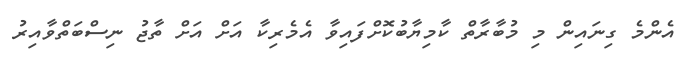
އެންމެ ގިނައިން މި މުބާރާތް ކާމިޔާބުކޮށްފައިވާ އެމެރިކާ އަށް އަށް ތާޖު ނިސްބަތްވާއިރު